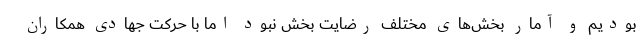
بودیم و آمار بخش‌های مختلف رضایت بخش نبود اما با حرکت جهادی همکاران